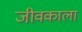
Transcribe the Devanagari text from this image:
जीवकाला